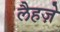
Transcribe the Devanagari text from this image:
लैहज़े